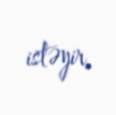
istəyir.